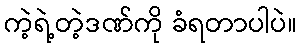
ကဲ့ရဲ့တဲ့ဒဏ်ကို ခံရတာပါပဲ။